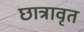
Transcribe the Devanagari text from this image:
छात्रावृत